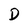
Character: D